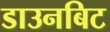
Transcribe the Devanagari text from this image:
डाउनबिट